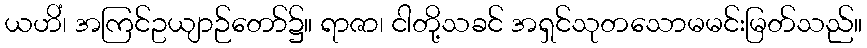
ယဟိံ၊ အကြင်ဥယျာဉ်တော်၌။ ရာဇာ၊ ငါတို့သခင် အရှင်သုတသောမမင်းမြတ်သည်။